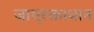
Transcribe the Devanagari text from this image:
जाएरक्ताधान